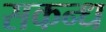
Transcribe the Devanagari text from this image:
सकन्ध